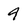
Character: 4